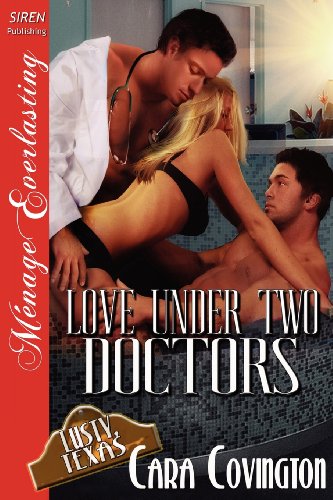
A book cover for Love Under Two Doctors [Lusty, Texas 9] (Siren Publishing Menage Everlasting); Cara Covington; Romance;